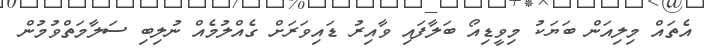
އެތައް މިލިއަން ބަޔަކު މިވީޑިއޯ ބަލާފައި ވާއިރު ޑައިވަރަށް ގެއްލުމެއް ނުލިބި ސަލާމަތްވުމުން